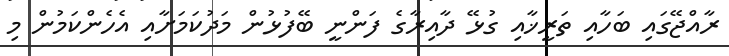
ރާއްޖޭގައި ބަހާއި ތަރީޚާއި ގުޅޭ ދާއިރާގެ ފަންނީ ބޭފުޅުން މަދުކަމަށާއި އެހެންކަމުން މި